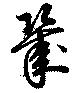
幾